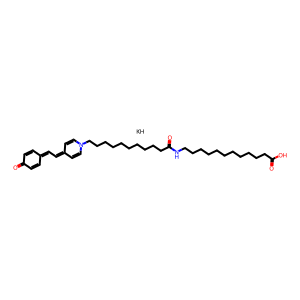
SMILES: O=C1C=CC(=CC=C2C=CN(CCCCCCCCCCC(=O)NCCCCCCCCCCCC(=O)O)C=C2)C=C1.[KH]
Inhibits HIV replication: No